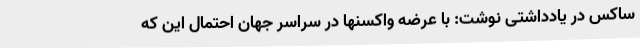
ساکس در یادداشتی نوشت: با عرضه واکسنها در سراسر جهان احتمال این که